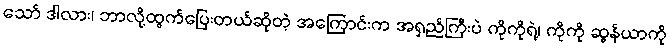
သော် ဒါလား၊ ဘာလို့ထွက်ပြေးတယ်ဆိုတဲ့ အကြောင်းက အရှည်ကြီးပဲ ကိုကိုရဲ့၊ ကိုကို ဆွန်ယာကို